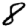
Digit: 8